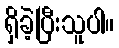
ရှိခဲ့ပြီးသူပါ။